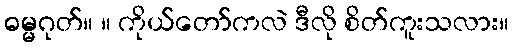
ဓမ္မဂုတ်။ ။ ကိုယ်တော်ကလဲ ဒီလို စိတ်ကူးသလား။